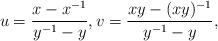
\begin{align*}u = \frac{x-x^{-1}}{y^{-1}-y}, v = \frac{xy-(xy)^{-1}}{y^{-1}-y},\end{align*}